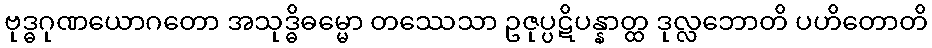
ဗုဒ္ဓဂုဏယောဂတော အသုဒ္ဓိဓမ္မော တဿေသာ ဥဇုပ္ပဋိပန္နာတ္ထ ဒုလ္လဘောတိ ပဟိတောတိ